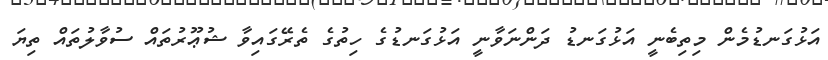
އަޅުގަނޑުމެން މިތިބެނީ އަޅުގަނޑު ދަންނަވާނީ އަޅުގަނޑުގެ ހިތުގެ ތެރޭގައިވާ ޝުޢޫރުތައް ސުވާލުތައް ތިޔަ